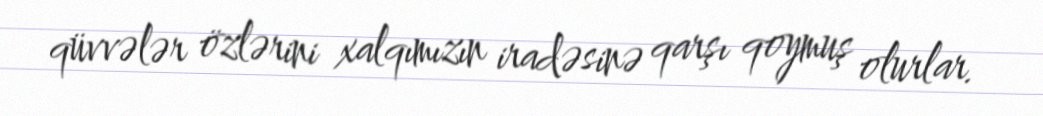
qüvvələr özlərini xalqımızın iradəsinə qarşı qoymuş olurlar.